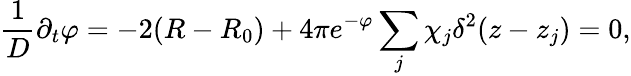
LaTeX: \frac{1}{D}\partial_{t}\varphi=-2(R-R_{0})+4\pi e^{-\varphi}\sum_{j}\chi_{j}\delta^{2}(z-z_{j})=0,